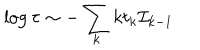
\log \tau \sim - \sum _ { k } k t _ { k } { \cal I } _ { k - 1 }